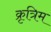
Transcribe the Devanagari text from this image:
क्रृत्रिम